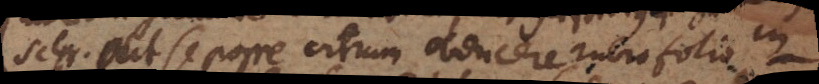
Schr. ait se posse vitrum obducere rubro folio in